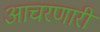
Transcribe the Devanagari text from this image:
आचरणारी